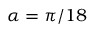
\alpha = \pi / 1 8